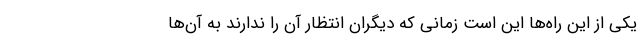
یکی از این راه‌ها این است زمانی که دیگران انتظار آن را ندارند به آن‌ها